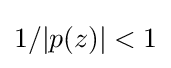
1/|p(z)|<1